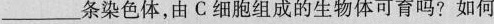
___条染色体，由C细胞组成的生物体可育吗?如何